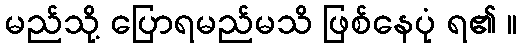
မည်သို့ ပြောရမည်မသိ ဖြစ်နေပုံ ရ၏ ။